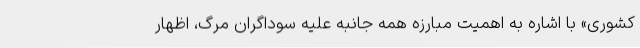
کشوری» با اشاره به اهمیت مبارزه همه جانبه علیه سوداگران مرگ، اظهار